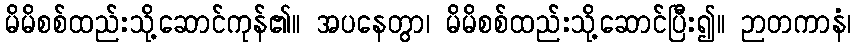
မိမိစစ်ထည်းသို့ဆောင်ကုန်၏။ အပနေတွာ၊ မိမိစစ်ထည်းသို့ဆောင်ပြီး၍။ ဉာတကာနံ၊